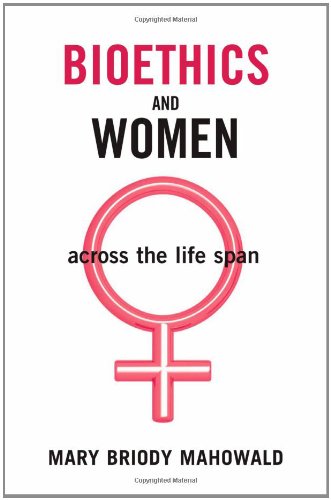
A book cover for Bioethics and Women: Across the Life Span; Mary Briody Mahowald; Health, Fitness & Dieting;